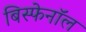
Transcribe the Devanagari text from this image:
बिस्फेनॉल